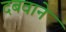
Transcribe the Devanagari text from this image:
दबवाने